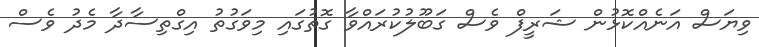
ވިޔަސް އަނެއްކޮޅުން ޝަރީފް ވެސް ގަބޫލުކުރައްވާ ގޮތުގައި މިވަގުތު އިގްތިސާދާ މެދު ވެސް